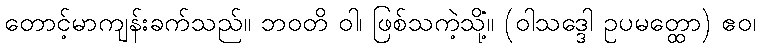
တောင့်မာကျန်းခက်သည်။ ဘဝတိ ဝါ၊ ဖြစ်သကဲ့သို့။ (ဝါသဒ္ဒေါ ဥပမတ္ထော) ဧဝံ၊